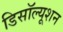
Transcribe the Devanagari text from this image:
डिसॉल्यूशन